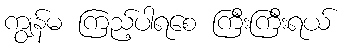
ကျွန်မ ကြည့်ပါရစေ ကြီးကြီးရယ်